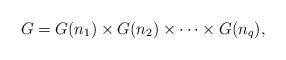
LaTeX: \begin{align*}G = G(n_{1}) \times G(n_{2}) \times \cdots \times G(n_{q}),\end{align*}